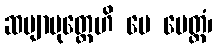
ဆဗျာပုတ္တေဟိ မေ မေတ္တံ၊